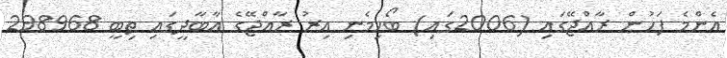
އެންމެ ފަހުން ރާއްޖޭގައި (2006ގައި) ބޯހިމެނި އިރު ރާއްޖޭގެ އާބާދީގައި ތިބީ 298968